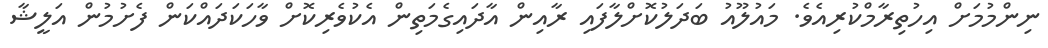
ނިންމުމަށް އިހުތިރާމްކުރިއެވެ. މައުލޫއު ބަދަލުކޮށްލާފައި ރާއިން އާދައިގެމަތިން އެކުވެރިކޮށް ވާހަކަދައްކަން ފެށުމުން އަލީޝާ